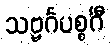
သဗ္ဗင်္ဂပစ္စင်္ဂီ